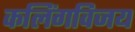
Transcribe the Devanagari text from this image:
कलिंगविजय